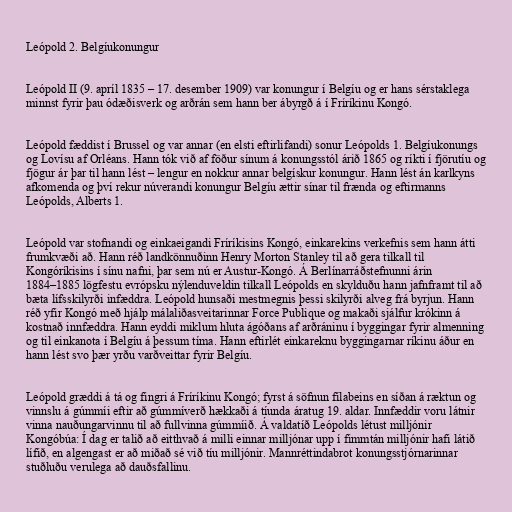
Leópold 2. Belgíukonungur

Leópold II (9. apríl 1835 – 17. desember 1909) var konungur í Belgíu og er hans sérstaklega
minnst fyrir þau ódæðisverk og arðrán sem hann ber ábyrgð á í Fríríkinu Kongó.

Leópold fæddist í Brussel og var annar (en elsti eftirlifandi) sonur Leópolds 1. Belgíukonungs
og Lovísu af Orléans. Hann tók við af föður sínum á konungsstól árið 1865 og ríkti í fjörutíu og
fjögur ár þar til hann lést – lengur en nokkur annar belgískur konungur. Hann lést án karlkyns
afkomenda og því rekur núverandi konungur Belgíu ættir sínar til frænda og eftirmanns
Leópolds, Alberts 1.

Leópold var stofnandi og einkaeigandi Fríríkisins Kongó, einkarekins verkefnis sem hann átti
frumkvæði að. Hann réð landkönnuðinn Henry Morton Stanley til að gera tilkall til
Kongóríkisins í sínu nafni, þar sem nú er Austur-Kongó. Á Berlínarráðstefnunni árin
1884–1885 lögfestu evrópsku nýlenduveldin tilkall Leópolds en skylduðu hann jafnframt til að
bæta lífsskilyrði infæddra. Leópold hunsaði mestmegnis þessi skilyrði alveg frá byrjun. Hann
réð yfir Kongó með hjálp málaliðasveitarinnar Force Publique og makaði sjálfur krókinn á
kostnað innfæddra. Hann eyddi miklum hluta ágóðans af arðráninu í byggingar fyrir almenning
og til einkanota í Belgíu á þessum tíma. Hann eftirlét einkareknu byggingarnar ríkinu áður en
hann lést svo þær yrðu varðveittar fyrir Belgíu.

Leópold græddi á tá og fingri á Fríríkinu Kongó; fyrst á söfnun fílabeins en síðan á ræktun og
vinnslu á gúmmíi eftir að gúmmíverð hækkaði á tíunda áratug 19. aldar. Innfæddir voru látnir
vinna nauðungarvinnu til að fullvinna gúmmíið. Á valdatíð Leópolds létust milljónir
Kongóbúa: Í dag er talið að eitthvað á milli einnar milljónar upp í fimmtán milljónir hafi látið
lífið, en algengast er að miðað sé við tíu milljónir. Mannréttindabrot konungsstjórnarinnar
stuðluðu verulega að dauðsfallinu.